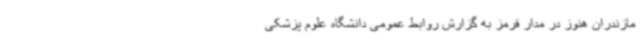
مازندران هنوز در مدار قرمز به گزارش روابط عمومی دانشگاه علوم پزشکی